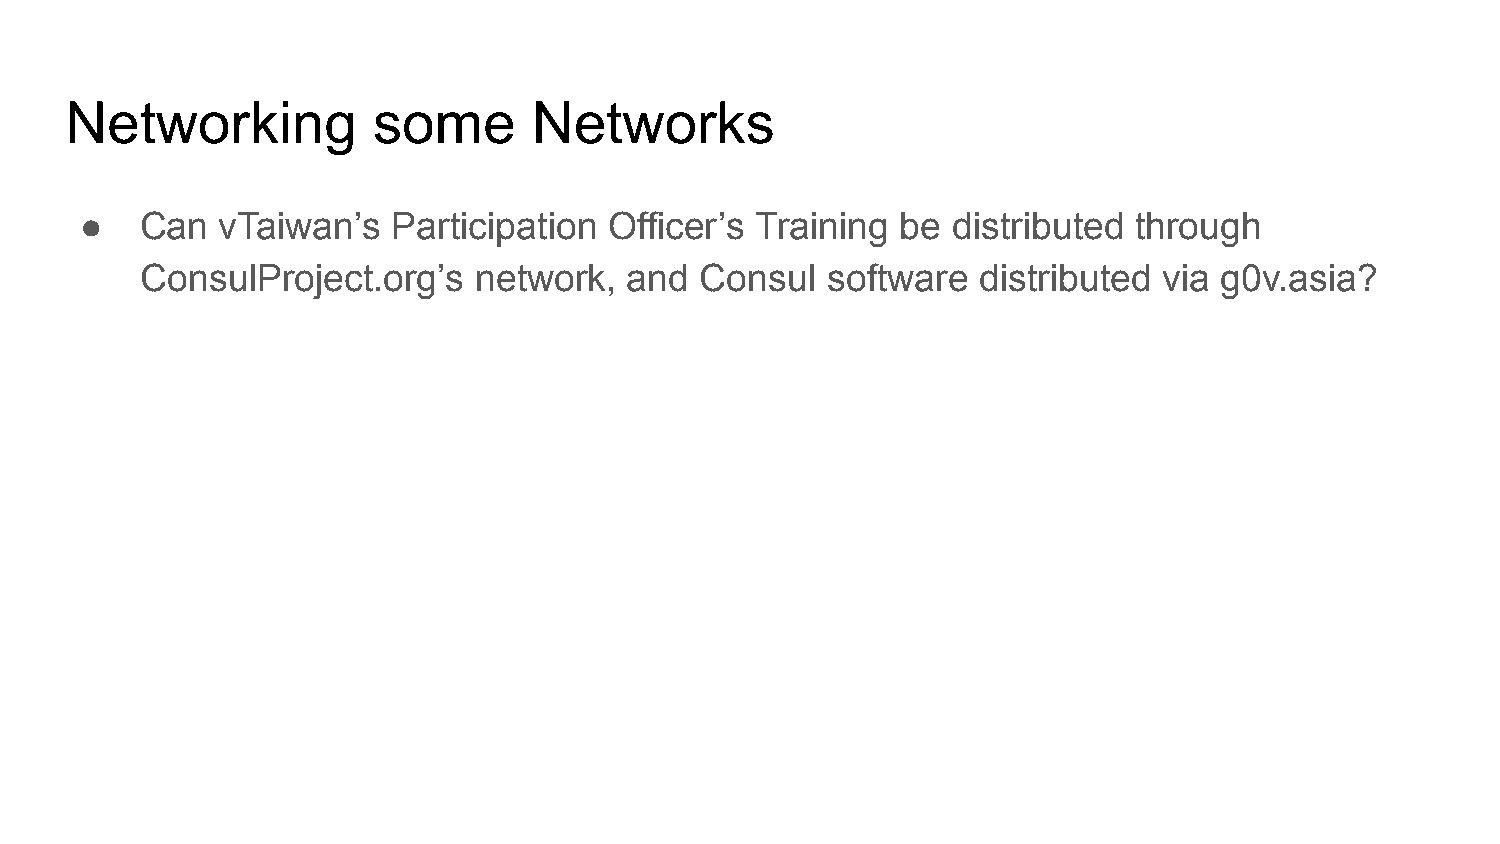
Networking           some      Networks
 ●   Can   vTaiwan’s  Participation Officer’s Training  be distributed through
 ConsulProject.org’s   network,   and Consul   software  distributed via g0v.asia?